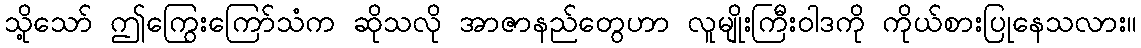
သို့သော် ဤကြွေးကြော်သံက ဆိုသလို အာဇာနည်တွေဟာ လူမျိုးကြီးဝါဒကို ကိုယ်စားပြုနေသလား။